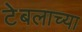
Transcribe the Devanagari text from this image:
टेबलाच्या